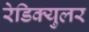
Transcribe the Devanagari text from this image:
रेडिक्युलर